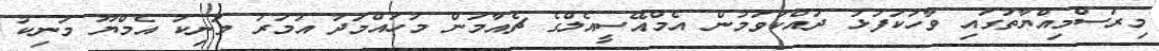
މިރަސްމިއްޔާތުގައި ވާހަކަފުޅު ދައްކަވަމުން އެމްއޭސީއެލްގެ ޗެއާމަން މުހައްމަދު އުމަރު މަނިކު އެމްޔޫ މަނިކު